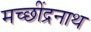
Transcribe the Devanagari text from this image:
मच्छींद्रनाथ